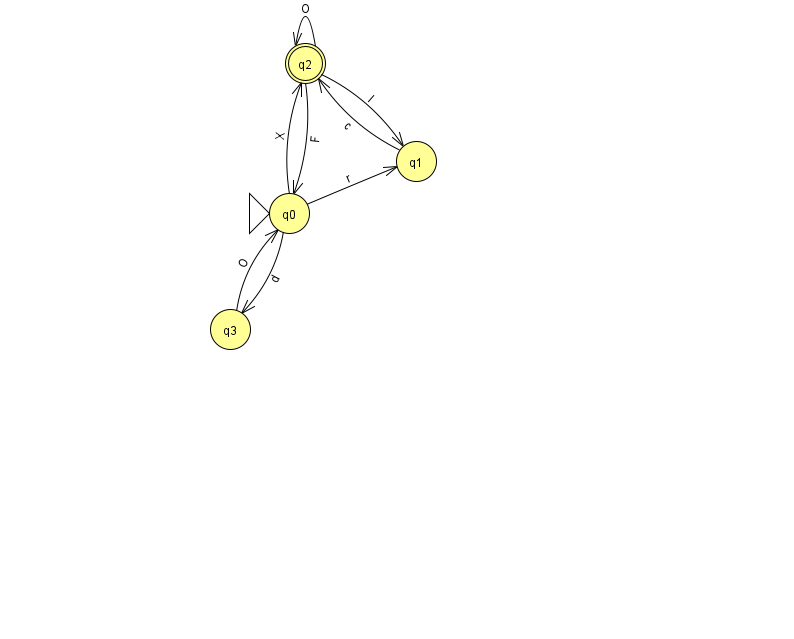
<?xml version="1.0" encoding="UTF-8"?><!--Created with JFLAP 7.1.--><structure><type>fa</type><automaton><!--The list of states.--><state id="0" name="q0"><x>289.0</x><y>200.0</y><initial/></state><state id="1" name="q1"><x>416.0</x><y>148.0</y></state><state id="2" name="q2"><x>305.0</x><y>50.0</y><final/></state><state id="3" name="q3"><x>230.0</x><y>316.0</y></state><!--The list of transitions.--><transition><from>2</from><to>0</to><read>F</read></transition><transition><from>2</from><to>1</to><read>l</read></transition><transition><from>3</from><to>0</to><read>O</read></transition><transition><from>0</from><to>1</to><read>r</read></transition><transition><from>0</from><to>3</to><read>d</read></transition><transition><from>0</from><to>2</to><read>X</read></transition><transition><from>1</from><to>2</to><read>c</read></transition><transition><from>2</from><to>2</to><read>O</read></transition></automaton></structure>